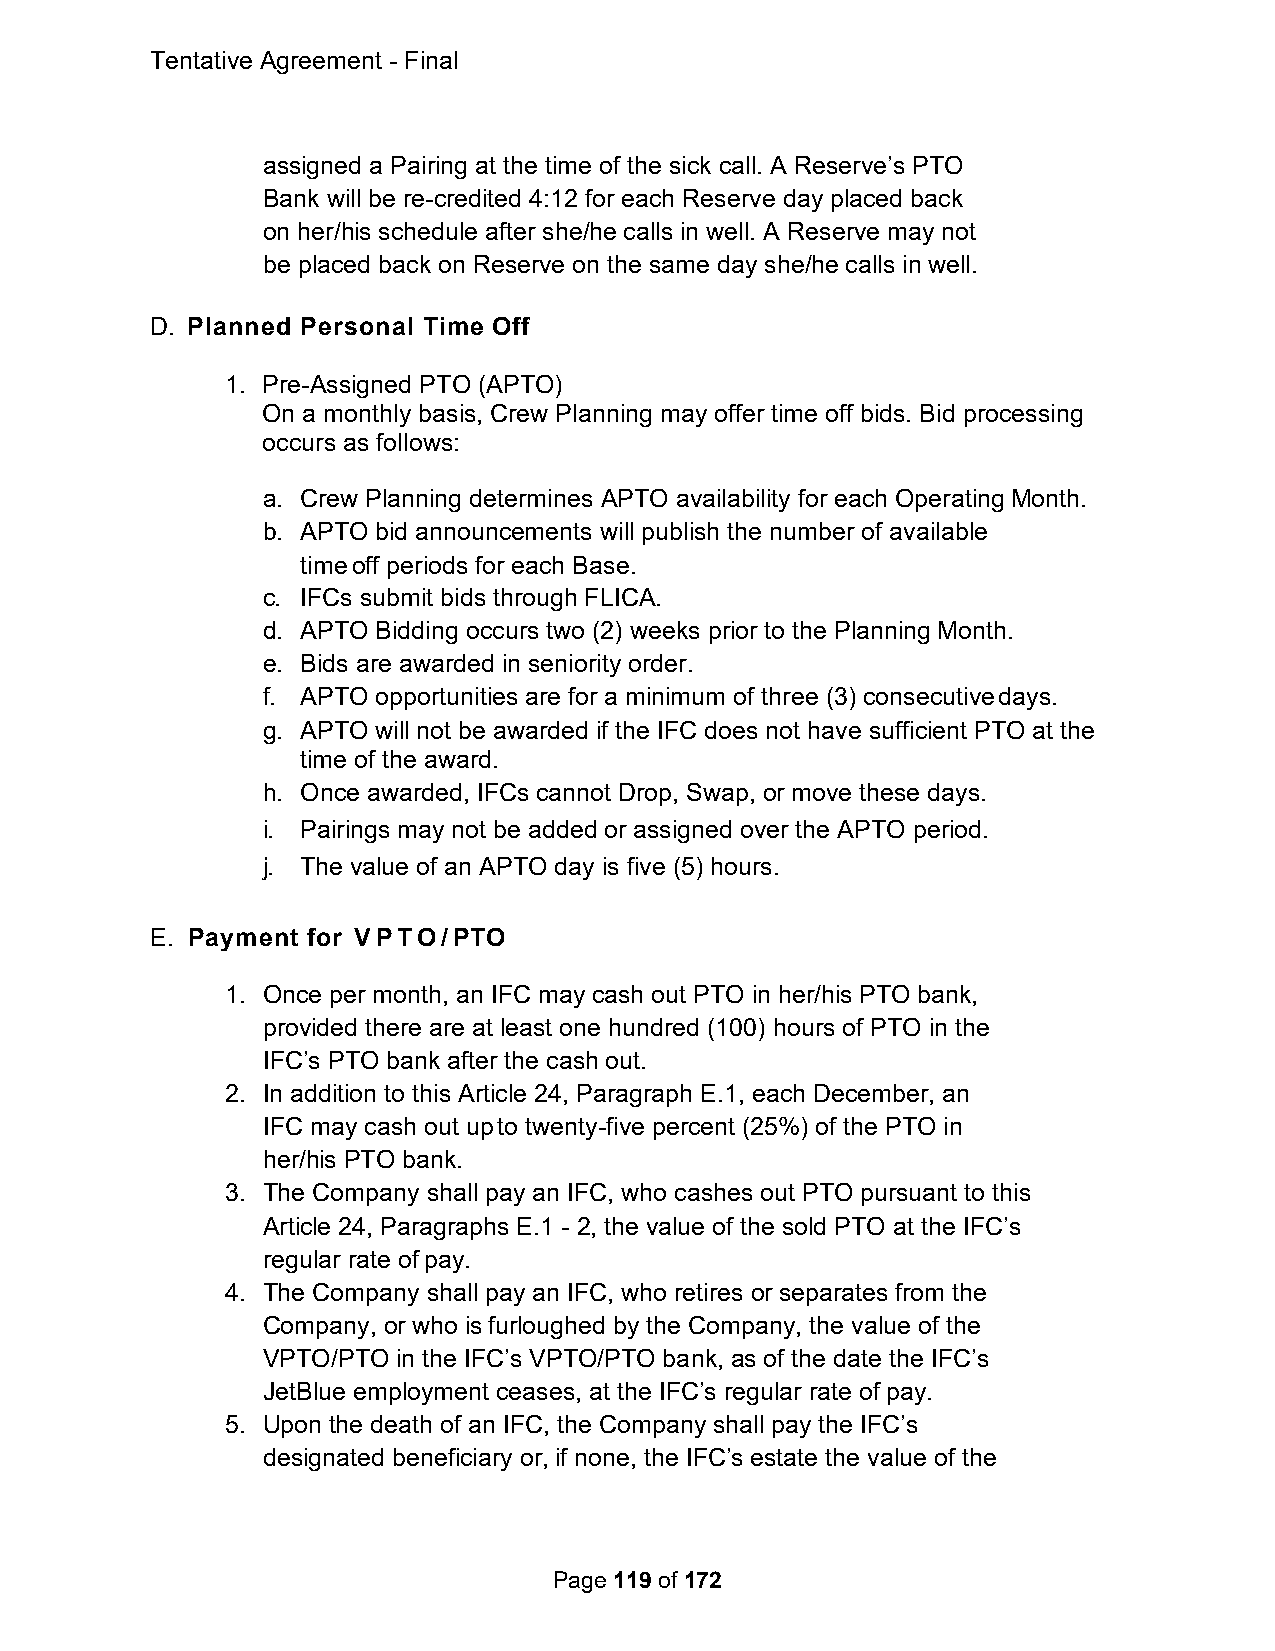
Tentative Agreement - Final
 assigned a Pairing at the time of the sick call. A Reserve’s PTO
 Bank will be re-credited 4:12 for each Reserve day placed back
 on her/his schedule after she/he calls in well. A Reserve may not
 be placed back on Reserve on the same day she/he calls in well.
 D. Planned Personal Time Off
 1. Pre-Assigned PTO (APTO)
 On a monthly basis, Crew Planning may offer time off bids. Bid processing
 occurs as follows:
 a. Crew Planning determines APTO availability for each Operating Month.
 b. APTO bid announcements will publish the number of available
 time off periods for each Base.
 c. IFCs submit bids through FLICA.
 d. APTO Bidding occurs two (2) weeks prior to the Planning Month.
 e. Bids are awarded in seniority order.
 f. APTO opportunities are for a minimum of three (3) consecutive days.
 g. APTO will not be awarded if the IFC does not have sufficient PTO at the
 time of the award.
 h. Once awarded, IFCs cannot Drop, Swap, or move these days.
 i. Pairings may not be added or assigned over the APTO period.
 j. The value of an APTO day is five (5) hours.
 E. Payment for VPTO/PTO
 1. Once per month, an IFC may cash out PTO in her/his PTO bank,
 provided there are at least one hundred (100) hours of PTO in the
 IFC’s PTO bank after the cash out.
 2. In addition to this Article 24, Paragraph E.1, each December, an
 IFC may cash out up to twenty-five percent (25%) of the PTO in
 her/his PTO bank.
 3. The Company shall pay an IFC, who cashes out PTO pursuant to this
 Article 24, Paragraphs E.1 - 2, the value of the sold PTO at the IFC’s
 regular rate of pay.
 4. The Company shall pay an IFC, who retires or separates from the
 Company, or who is furloughed by the Company, the value of the
 VPTO/PTO in the IFC’s VPTO/PTO bank, as of the date the IFC’s
 JetBlue employment ceases, at the IFC’s regular rate of pay.
 5. Upon the death of an IFC, the Company shall pay the IFC’s
 designated beneficiary or, if none, the IFC’s estate the value of the
 Page 119 of 172